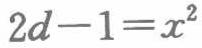
\(2d - 1 = x^{2}\)